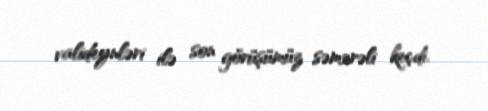
valideynləri ilə son görüşümüz səmərəli keçdi.